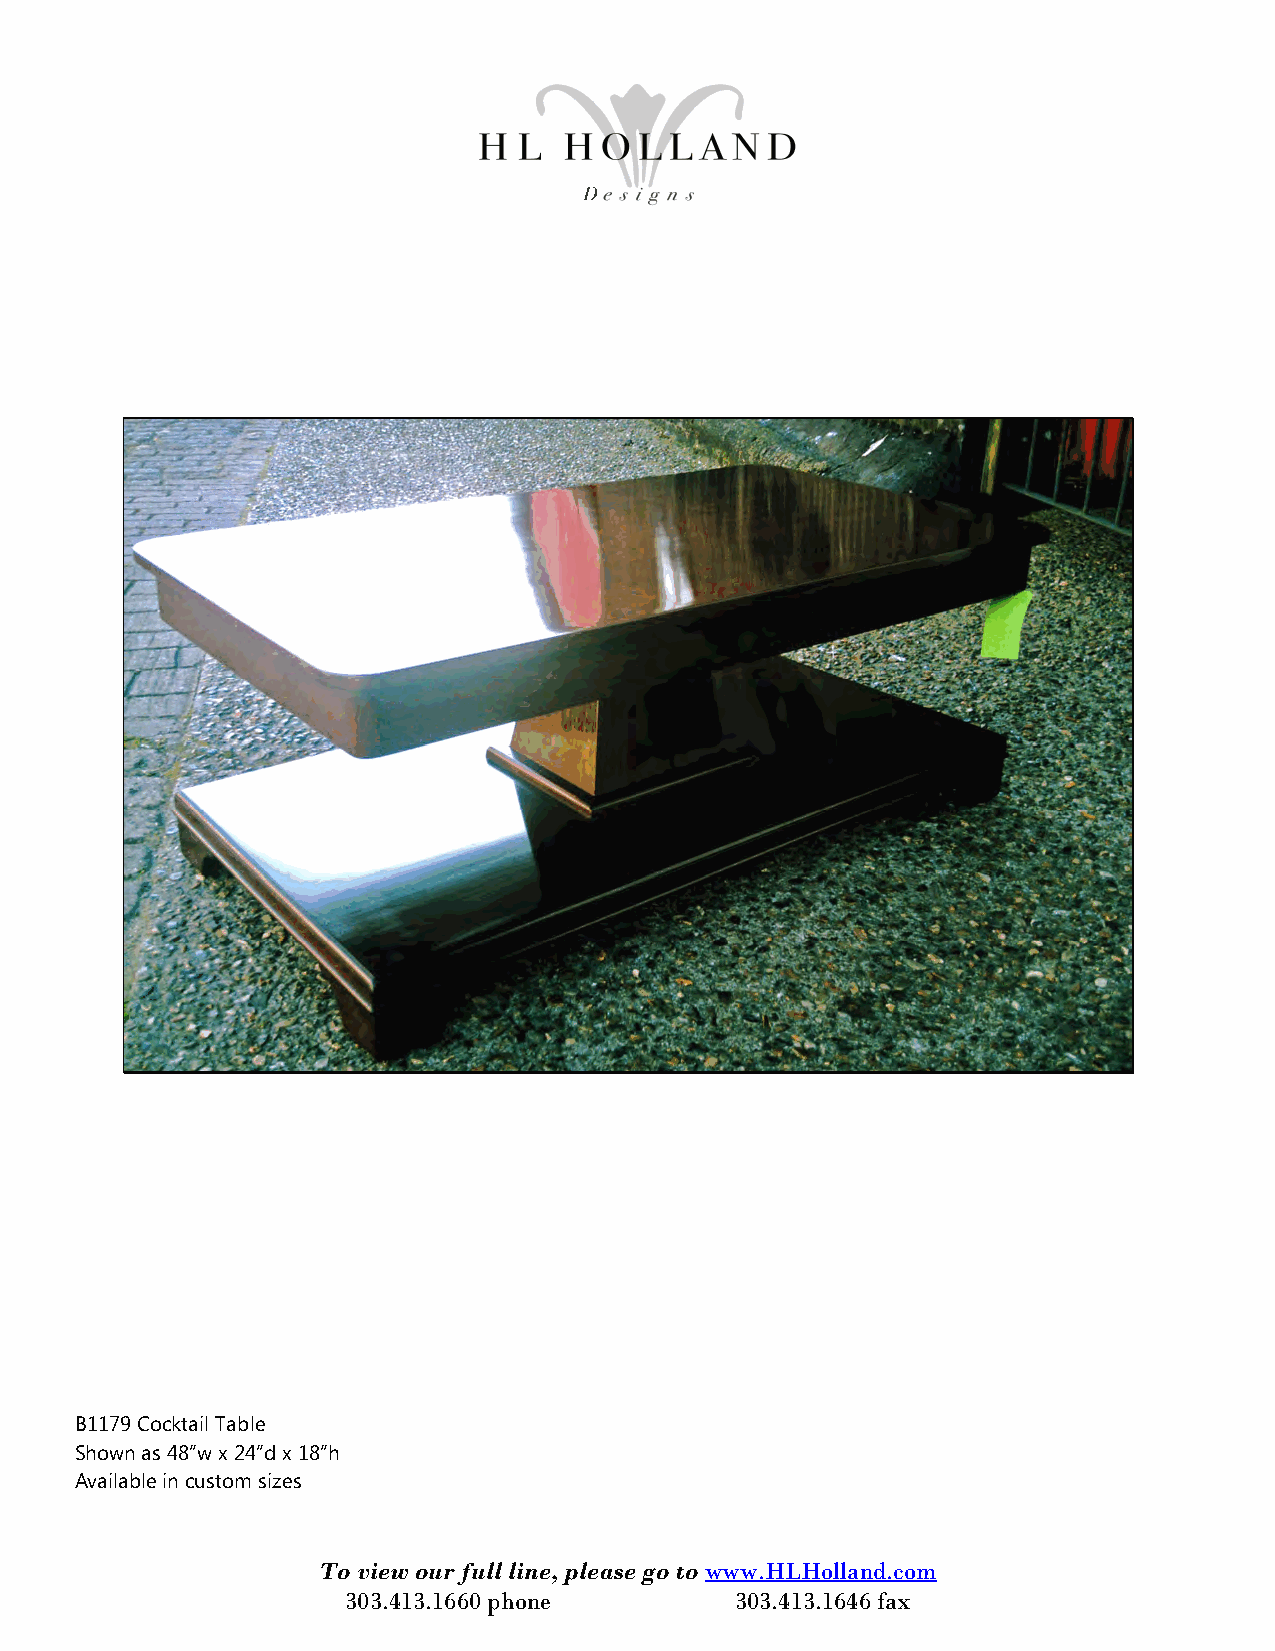
B1179 Cocktail Table
 Shown as 48”w x 24”d x 18”h
 Available in custom sizes
 To view our full line, please go to www.HLHolland.com
 303.413.1660 phone        303.413.1646 fax